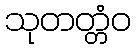
သုတတ္တံဝ